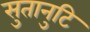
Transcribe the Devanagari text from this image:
सुतानुटि